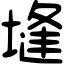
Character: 塳